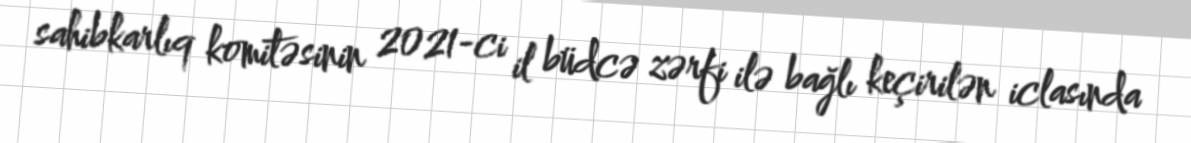
sahibkarlıq komitəsinin 2021-ci il büdcə zərfi ilə bağlı keçirilən iclasında